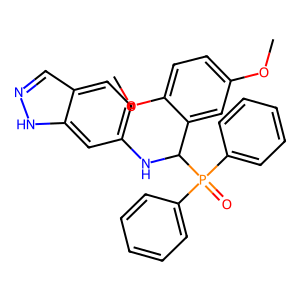
SMILES: COc1ccc(OC)c(C(Nc2ccc3cn[nH]c3c2)P(=O)(c2ccccc2)c2ccccc2)c1
Inhibits HIV replication: No